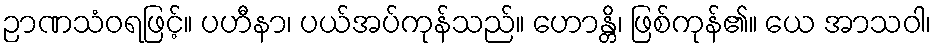
ဉာဏသံဝရဖြင့်။ ပဟီနာ၊ ပယ်အပ်ကုန်သည်။ ဟောန္တိ၊ ဖြစ်ကုန်၏။ ယေ အာသဝါ၊